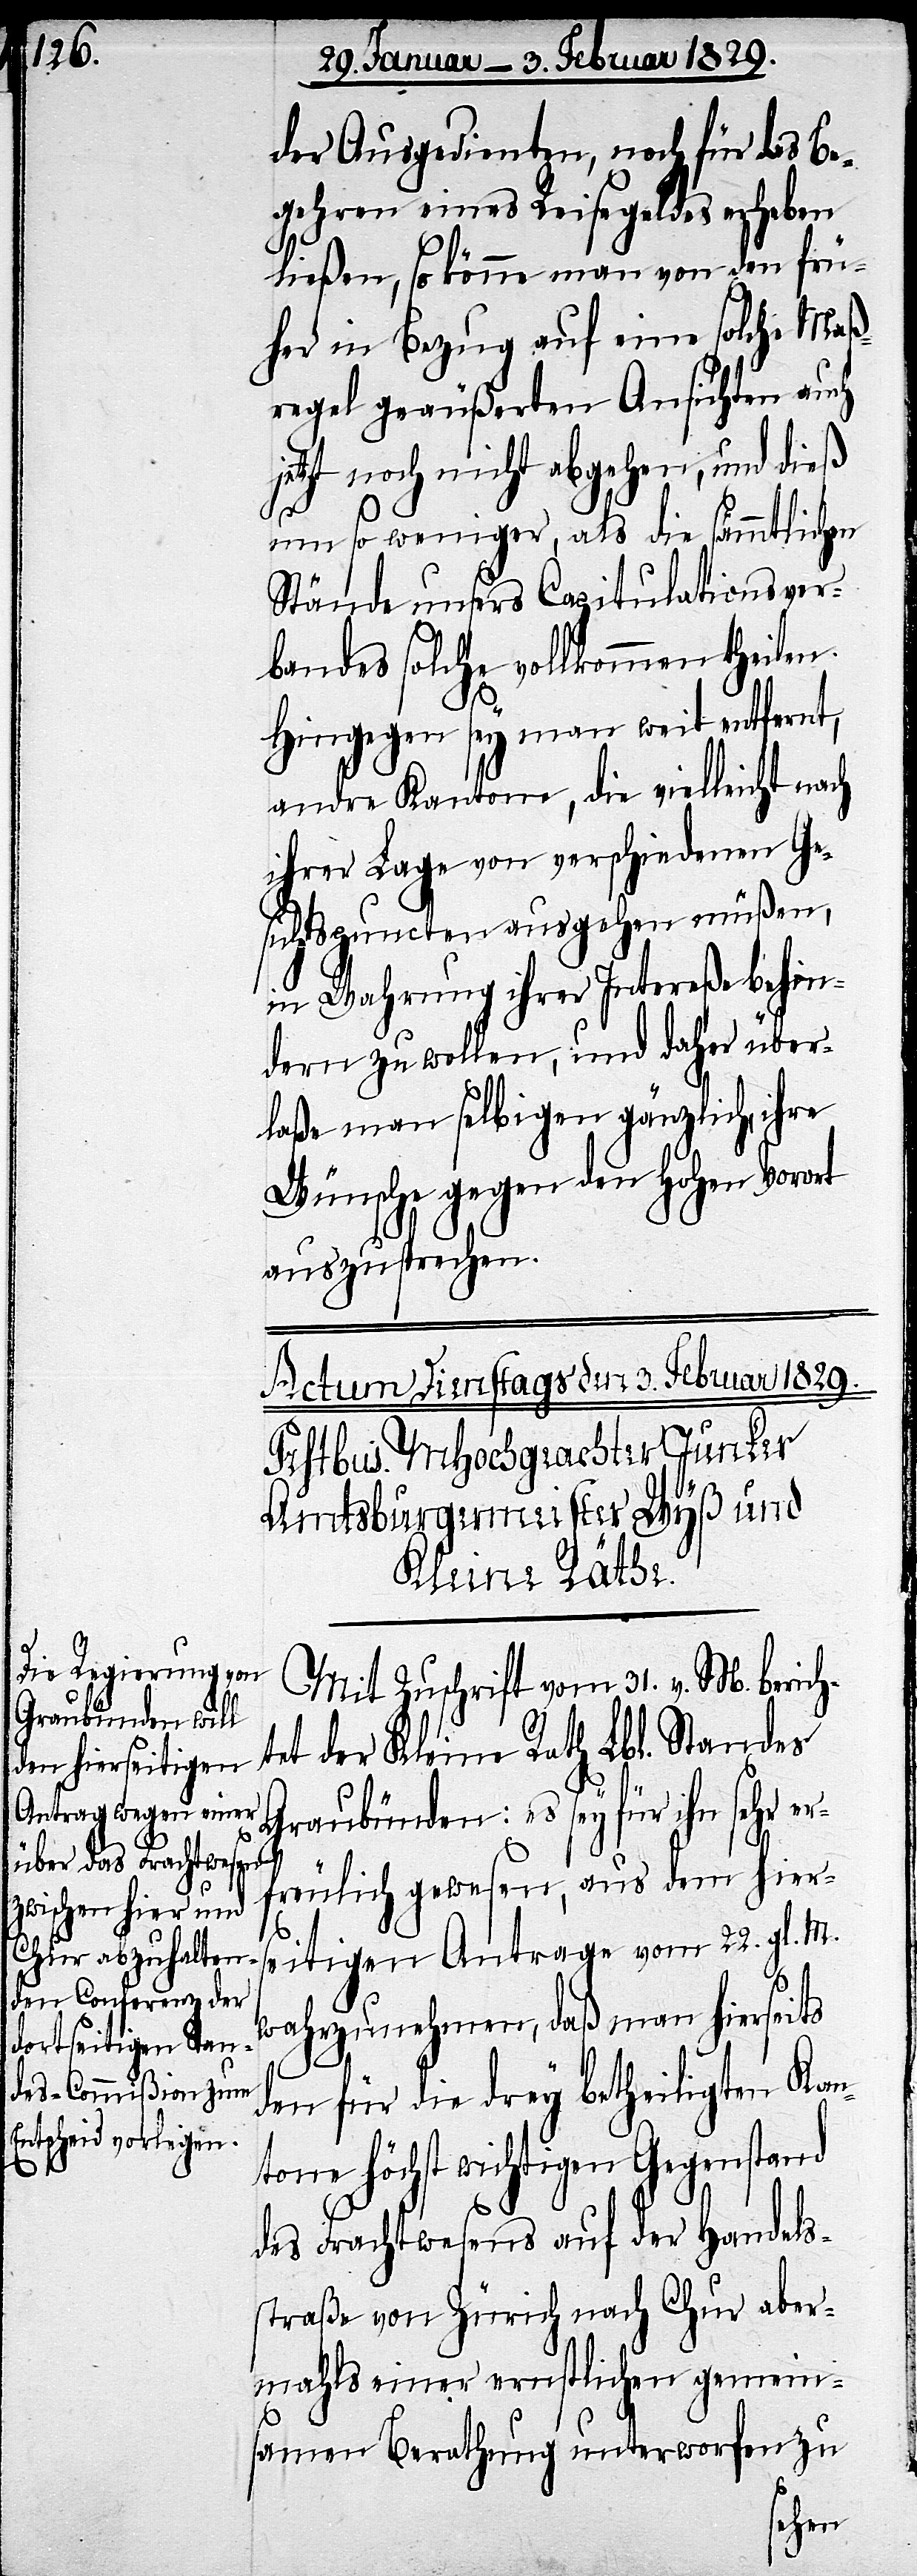
der Ausgedienten, noch für das Be¬
gehren eines Reisegeldes erheben
ließen, so könne man von den frü¬
her in Bezug auf eine solche Maß¬
regel geäußerten Ansichten auch
jetzt noch nicht abgehen, und dieß
um so weniger, als die sämmtlichen
Stände unsers Capitulationsver¬
bandes solche vollkommen theilen.
Hingegen sey man weit entfernt,
andre Kantone, die vielleicht nach
ihrer Lage von verschiedenen Ge¬
sichtspuncten ausgehen müßen,
in Wahrung ihrer Intereße behin¬
dern zu wollen, und daher über¬
laße man selbigen gänzlich, ihre
Wünsche gegen den Hohen Vorort
auszusprechen.
Mit Zuschrift vom 31. v. M. berich¬
tet der Kleine Rath Lbl. Standes
Graubünden: es sey für ihn sehr er¬
freulich gewesen, aus dem hier¬
seitigen Antrage vom 22. gl. M.
wahrzunehmen, daß man hierseits
den für die drey betheiligten Kan¬
tone höchst wichtigen Gegenstand
des Frachtwesens auf der Handels¬
straße von Zürich nach Chur aber¬
mahls einer ernstlichen gemein¬
samen Berathung unterworfen zu